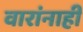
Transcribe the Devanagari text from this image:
वारांनाही